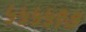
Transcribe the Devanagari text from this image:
५५५५९७